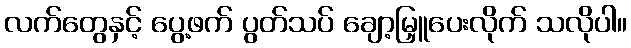
လက်တွေနှင့် ပွေ့ဖက် ပွတ်သပ် ချော့မြှူပေးလိုက် သလိုပါ။